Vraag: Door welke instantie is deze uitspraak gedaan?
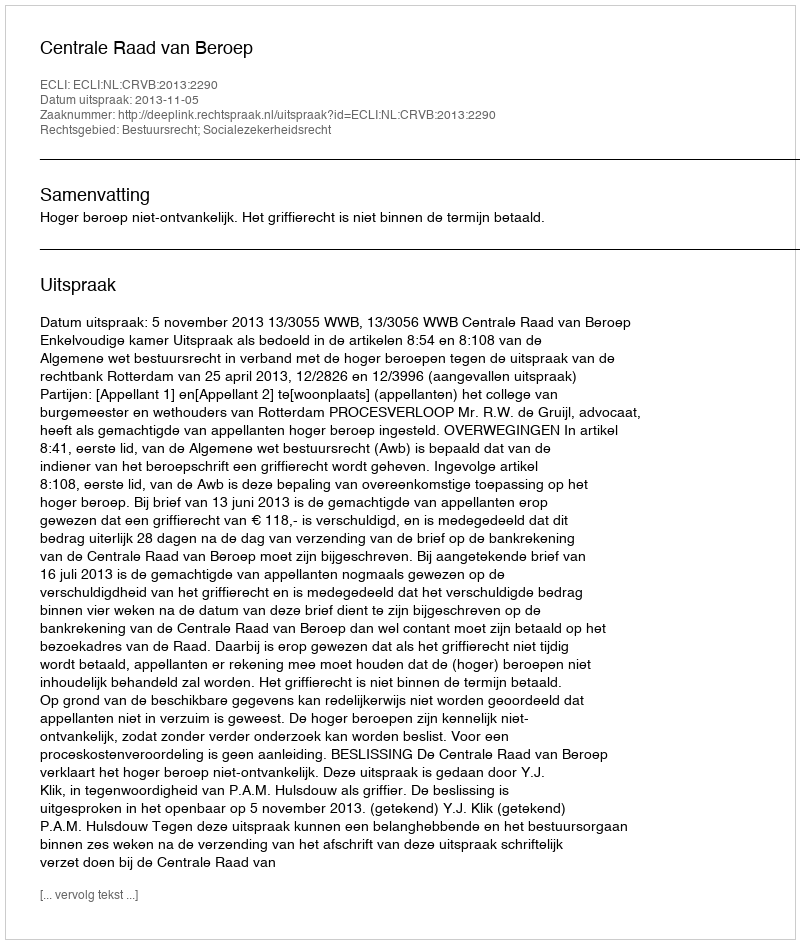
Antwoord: Centrale Raad van Beroep